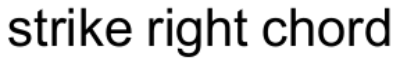
strike right chord